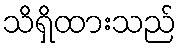
သိရှိထားသည်